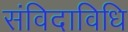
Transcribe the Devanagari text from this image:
संविदाविधि